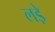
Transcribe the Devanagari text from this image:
लडे़